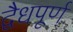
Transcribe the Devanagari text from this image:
द्वैधपूर्ण